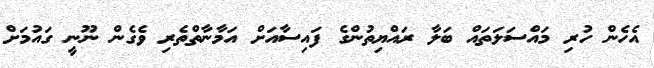
އެހެން ހުރި މައްސަލަތައް ބަލާ ރައްޔިތުންގެ ފައިސާއަށް އަމާނާތްތެރި ވެގެން ނޫނީ ގައުމަށް